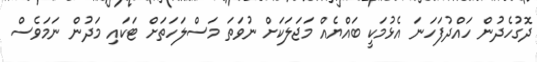
ދޮގުހެދުން ހައްދުފަހަނަ އެޅުމަކީ ބައްޔެއް މަޖަލަކަށް ނުވަތަ މަސްލަހަތަށް ޓަކައި މަދުން ނަމަވެސް